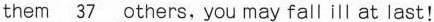
them \underline{37} others, you may fall ill at last!